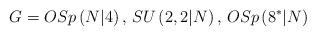
LaTeX: \begin{align*}G=OSp\left( N|4\right) ,\,SU\left( 2,2|N\right) ,\,OSp\left( 8^{\ast}|N\right) \end{align*}